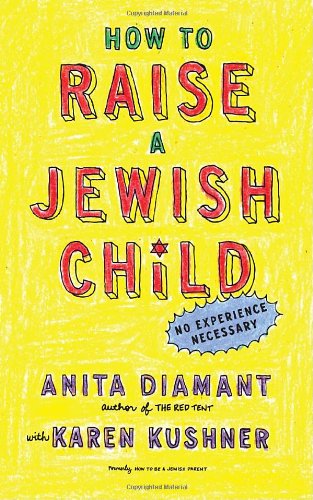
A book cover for How to Raise a Jewish Child: A Practical Handbook for Family Life; Anita Diamant; Religion & Spirituality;